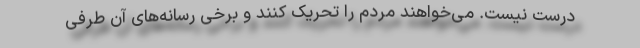
درست نیست. می‌خواهند مردم را تحریک کنند و برخی رسانه‌های آن طرفی